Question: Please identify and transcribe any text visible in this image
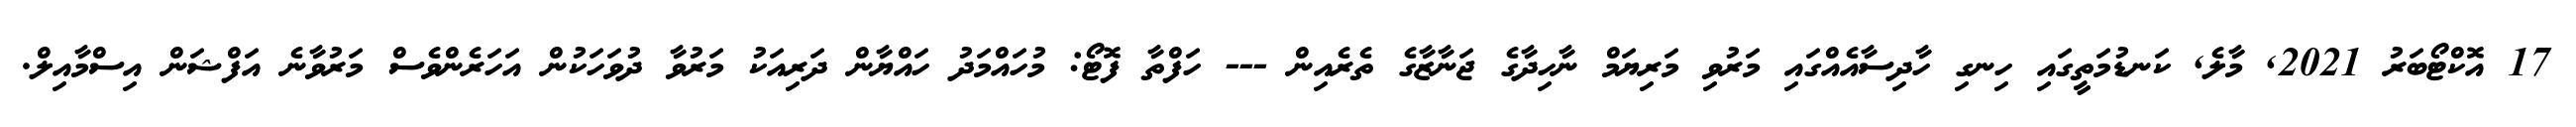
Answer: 17 އޮކްޓޯބަރު 2021, މާލެ, ކަނޑުމަތީގައި ހިނގި ހާދިސާއެއްގައި މަރުވި މަރިޔަމް ނާހިދާގެ ޖަނާޒާގެ ތެރެއިން --- ހަފްތާ ފޮޓޯ: މުހައްމަދު ހައްޔާން ދަރިއަކު މަރުވާ ދުވަހަކުން އަހަރެންވެސް މަރުވާނެ އަފްޝަން އިސްމާއިލް.